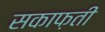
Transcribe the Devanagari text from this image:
सकाफ़ती